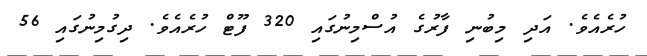
ހުރެއެވެ. އަދި މިބުނި ފާރުގެ އުސްމިނުގައި 320 ފޫޓް ހުރެއެވެ. ދިގުމިނުގައި 56